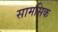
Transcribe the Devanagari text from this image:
सामसिक